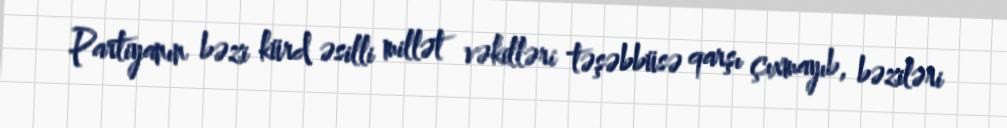
Partiyanın bəzi kürd əsilli millət vəkilləri təşəbbüsə qarşı çıxmayıb, bəziləri